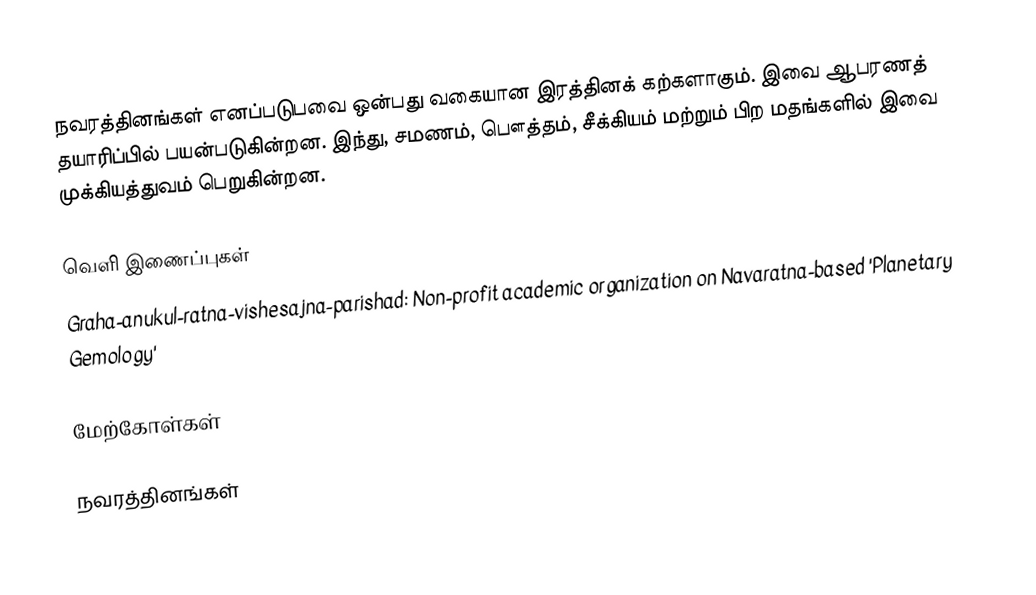
நவரத்தினங்கள் எனப்படுபவை ஒன்பது வகையான இரத்தினக் கற்களாகும். இவை ஆபரணத் தயாரிப்பில் பயன்படுகின்றன. இந்து, சமணம், பௌத்தம், சீக்கியம் மற்றும் பிற மதங்களில் இவை முக்கியத்துவம் பெறுகின்றன.

வெளி இணைப்புகள்
 Graha-anukul-ratna-vishesajna-parishad: Non-profit academic organization on Navaratna-based 'Planetary Gemology'

மேற்கோள்கள்

நவரத்தினங்கள்